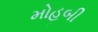
મોહબી